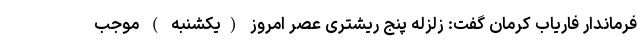
فرماندار فاریاب کرمان گفت: زلزله پنج ریشتری عصر امروز (یکشنبه ) موجب